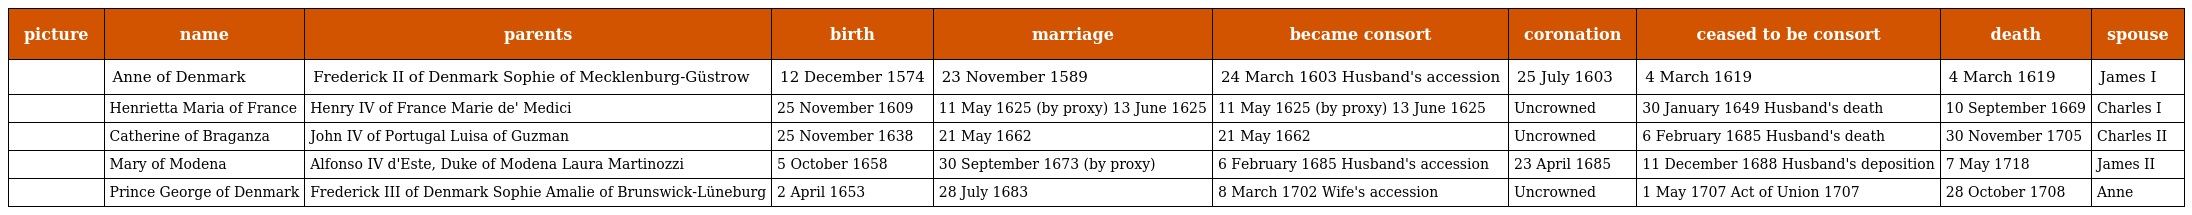
| picture | name | parents | birth | marriage | became consort | coronation | ceased to be consort | death | spouse |
 | --- | --- | --- | --- | --- | --- | --- | --- | --- | --- |
 |  | Anne of Denmark | Frederick II of Denmark Sophie of Mecklenburg-Güstrow | 12 December 1574 | 23 November 1589 | 24 March 1603 Husband's accession | 25 July 1603 | 4 March 1619 | 4 March 1619 | James I |
 |  | Henrietta Maria of France | Henry IV of France Marie de' Medici | 25 November 1609 | 11 May 1625 (by proxy) 13 June 1625 | 11 May 1625 (by proxy) 13 June 1625 | Uncrowned | 30 January 1649 Husband's death | 10 September 1669 | Charles I |
 |  | Catherine of Braganza | John IV of Portugal Luisa of Guzman | 25 November 1638 | 21 May 1662 | 21 May 1662 | Uncrowned | 6 February 1685 Husband's death | 30 November 1705 | Charles II |
 |  | Mary of Modena | Alfonso IV d'Este, Duke of Modena Laura Martinozzi | 5 October 1658 | 30 September 1673 (by proxy) | 6 February 1685 Husband's accession | 23 April 1685 | 11 December 1688 Husband's deposition | 7 May 1718 | James II |
 |  | Prince George of Denmark | Frederick III of Denmark Sophie Amalie of Brunswick-Lüneburg | 2 April 1653 | 28 July 1683 | 8 March 1702 Wife's accession | Uncrowned | 1 May 1707 Act of Union 1707 | 28 October 1708 | Anne |